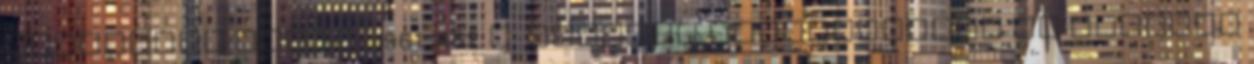
Akadémiai Kiadó, 1961. 452 p. Anuarul Institutului de istorie